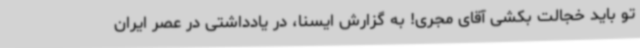
تو باید خجالت بکشی آقای مجری! به گزارش ایسنا، در یادداشتی در عصر ایران